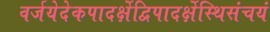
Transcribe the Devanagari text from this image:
वर्जयेदेकपादर्क्षेद्विपादर्क्षेस्थिसंचयं